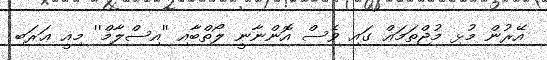
އޭރުން މުޅި މުޖްތަމަޢް ގައި ވެސް އޮންނާނީ ލޯތްބާއި ''އިސްލާމް'' މިއީ ޢަރަބި